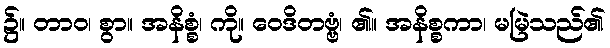
၌။ တာဝ၊ စွာ။ အနိစ္စံ၊ ကို။ ဝေဒိတဗ္ဗံ၊ ၏။ အနိစ္စကာ၊ မမြဲသည်၏